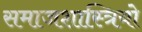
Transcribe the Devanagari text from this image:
समाजशास्त्रियो